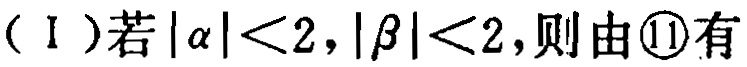
（Ⅰ）若\(|\alpha |<2,|\beta |<2\)，则由\textcircled{11}有